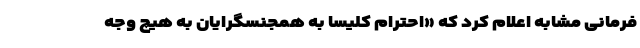
فرمانی مشابه اعلام کرد که «احترام کلیسا به همجنسگرایان به هیچ وجه